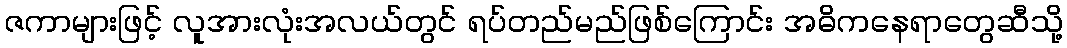
ဇကာများဖြင့် လူအားလုံးအလယ်တွင် ရပ်တည်မည်ဖြစ်ကြောင်း အဓိကနေရာတွေဆီသို့